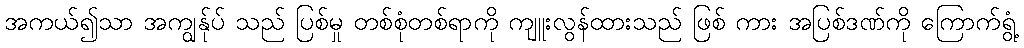
အကယ်၍သာ အကျွန်ုပ် သည် ပြစ်မှု တစ်စုံတစ်ရာကို ကျူးလွန်ထားသည် ဖြစ် ကား အပြစ်ဒဏ်ကို ကြောက်ရွံ့